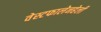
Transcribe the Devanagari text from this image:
वेस्टफालेनहेली